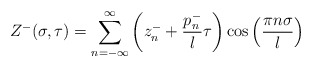
\begin{align*}Z^- (\sigma,\tau) = \sum_{n=-\infty}^{\infty} \left( z_n^- + \frac{p_n^-}{l} \tau \right) \cos\left(\frac{\pi n \sigma}{l}\right)\end{align*}